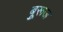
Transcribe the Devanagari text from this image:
बुूरूज